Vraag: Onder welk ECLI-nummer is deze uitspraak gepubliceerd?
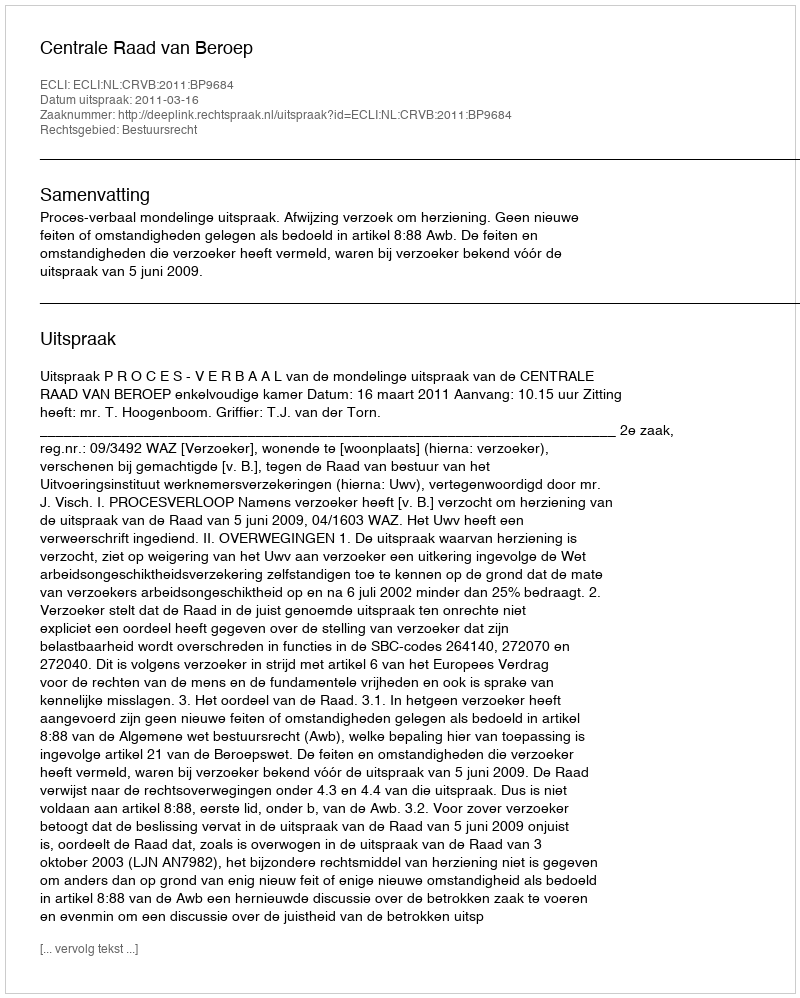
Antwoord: ECLI:NL:CRVB:2011:BP9684